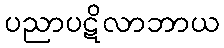
ပညာပဋိလာဘာယ